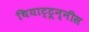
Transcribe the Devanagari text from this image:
थियाट्टून्नीस